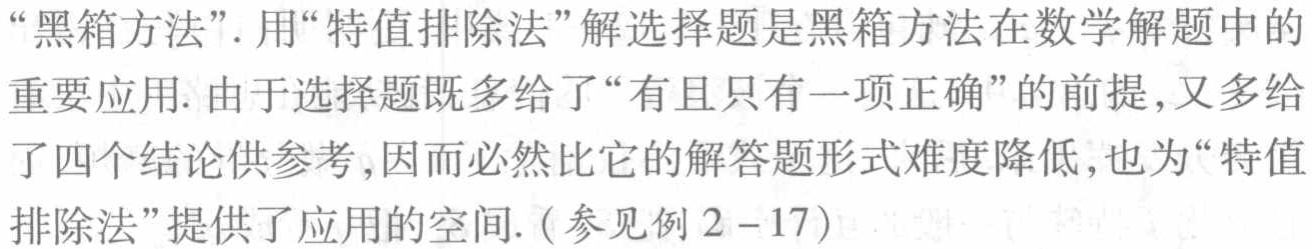
“黑箱方法”. 用“特值排除法”解选择题是黑箱方法在数学解题中的重要应用. 由于选择题既多给了“有且只有一项正确”的前提, 又多给了四个结论供参考, 因而必然比它的解答题形式难度降低, 也为“特值排除法”提供了应用的空间. (参见例 \(2 - 17\))